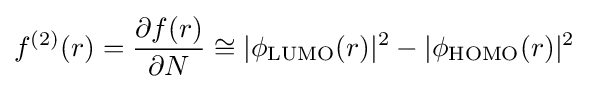
f^{(2)}(r)={\frac {\partial f(r)}{\partial N}}\cong |\phi _{\text{LUMO}}(r)|^{2}-|\phi _{\text{HOMO}}(r)|^{2}